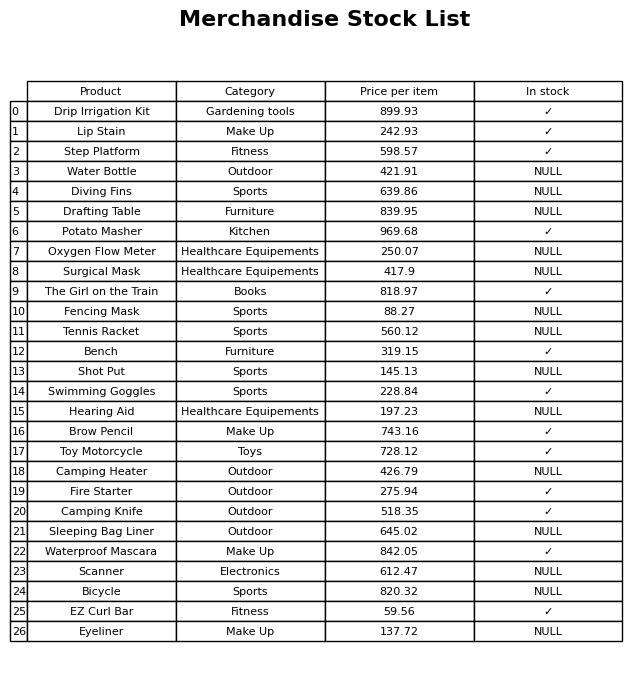
question: What category does the Fencing Mask belong to?
answer: Sports